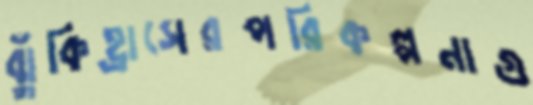
ঝুঁকিহ্রাসেরপরিকল্পনাগু